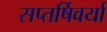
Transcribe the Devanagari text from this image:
सप्तर्षिवर्या